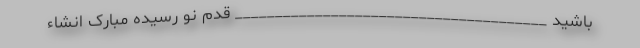
باشید _______________________________________ قدم نو رسیده مبارک انشاء